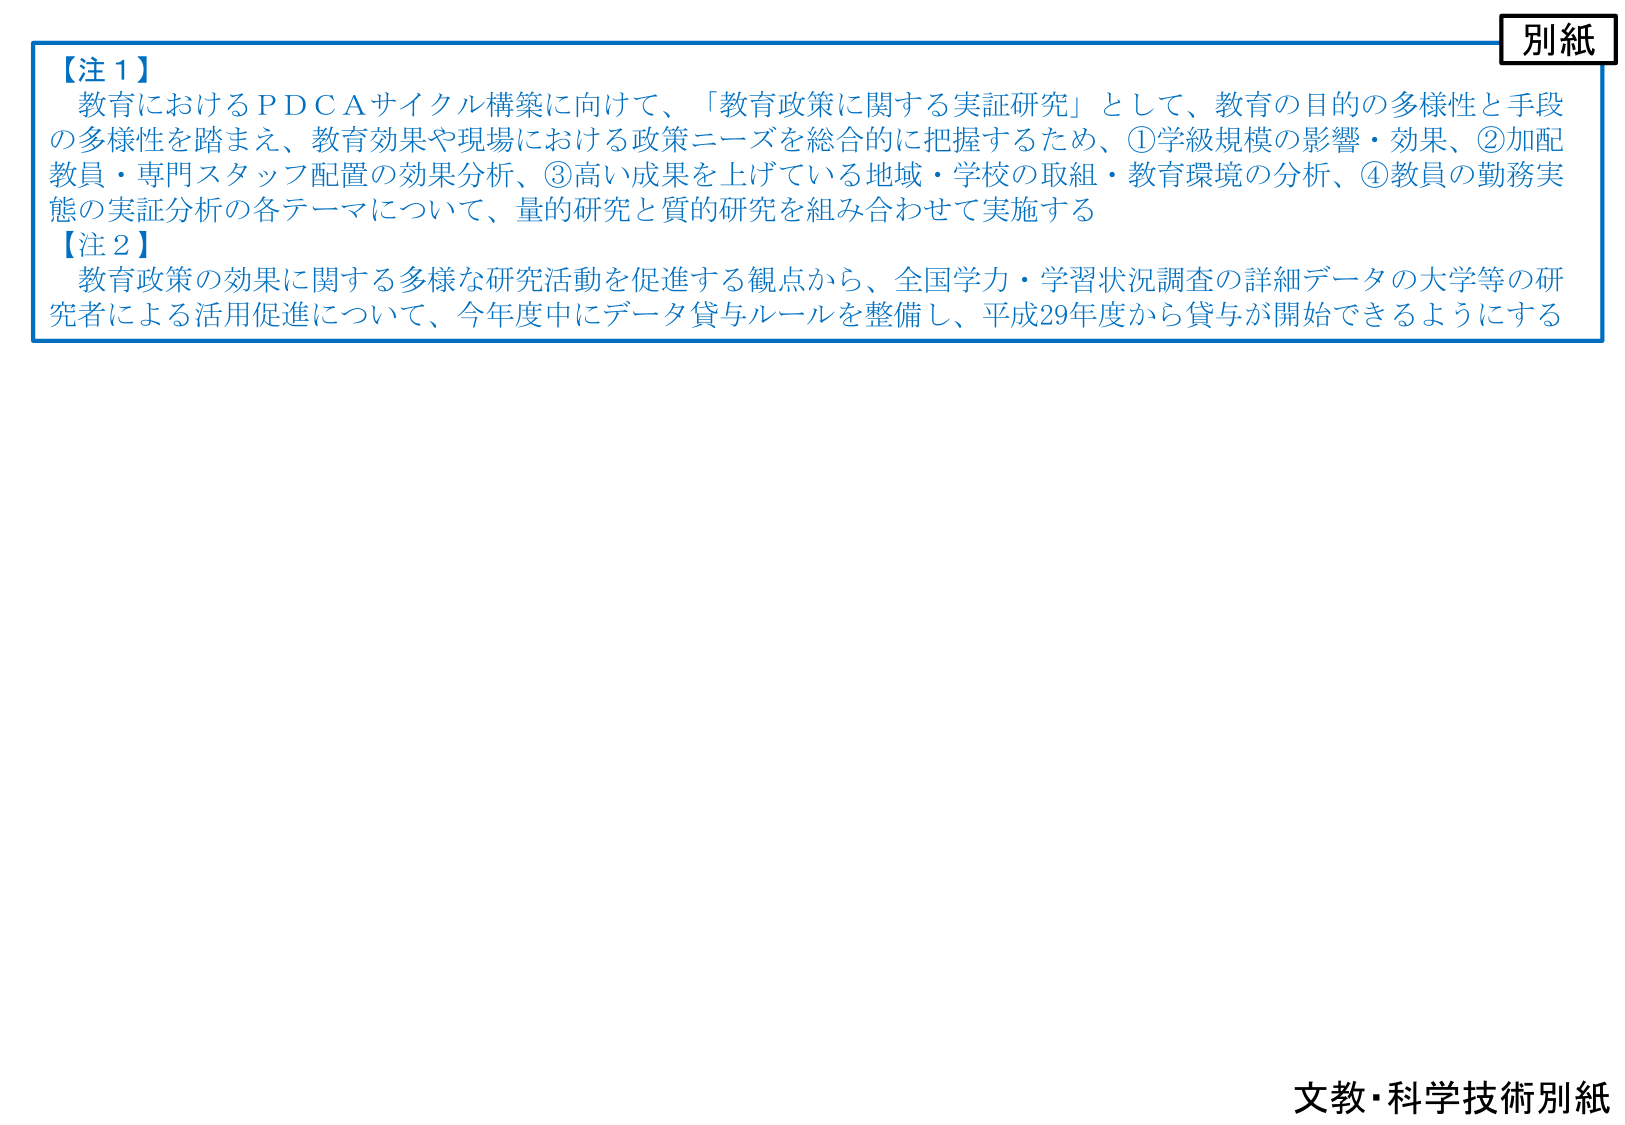
別紙

【注１】
教育におけるＰＤＣＡサイクル構築に向けて、「教育政策に関する実証研究」として、教育の目的の多様性と手段の多様性を踏まえ、教育効果や現場における政策ニーズを総合的に把握するため、①学級規模の影響・効果、②加配教員・専門スタッフ配置の効果分析、③高い成果を上げている地域・学校の取組・教育環境の分析、④教員の勤務実態の実証分析の各テーマについて、量的研究と質的研究を組み合わせて実施する

【注２】
教育政策の効果に関する多様な研究活動を促進する観点から、全国学力・学習状況調査の詳細データの大学等の研究者による活用促進について、今年度中にデータ貸与ルールを整備し、平成29年度から貸与が開始できるようにする

文教・科学技術別紙